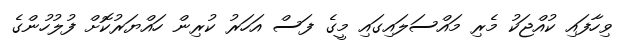
ވިހާފައި ކުއްޖަކު މެރި މައްސަލައިގައި މީގެ ފަސް އަހަރު ކުރިން ހައްޔަރުކޮށް ފުލުހުންގެ